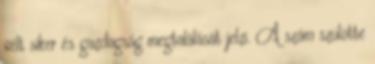
vélt siker és gazdagság megtalálását jelzi. A szám szülötte